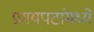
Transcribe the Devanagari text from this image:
प्रणयपटांमध्ये